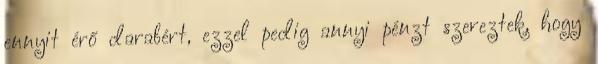
ennyit érő darabért, ezzel pedig annyi pénzt szereztek, hogy